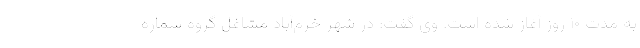
به مدت ۱۰ روز آغاز شده است. وی گفت: در شهر خرم‌آباد مشاغل گروه شماره